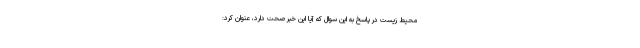
محیط زیست در پاسخ به این سوال که آیا این خبر صحت دارد، عنوان کرد: